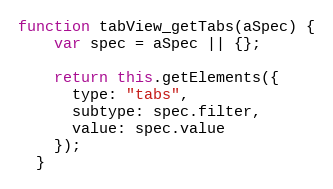
Language: JavaScript
function tabView_getTabs(aSpec) {
    var spec = aSpec || {};

    return this.getElements({
      type: "tabs",
      subtype: spec.filter,
      value: spec.value
    });
  }